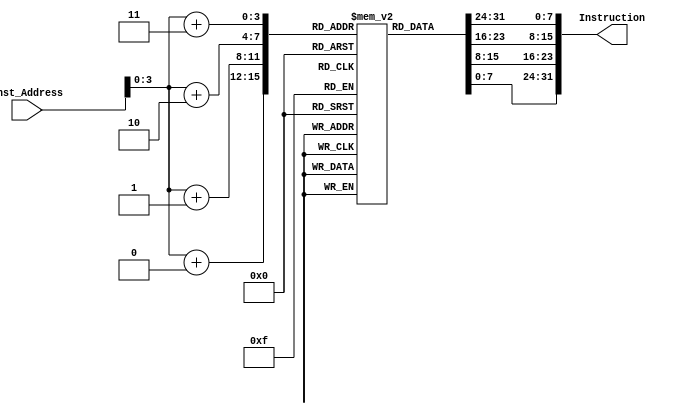
`timescale 1ns / 1ps
//////////////////////////////////////////////////////////////////////////////////
// Company: 
// Engineer: 
// 
// Design Name: 
// Module Name: Instruction_memory
// Project Name: 
// Target Devices: 
// Tool Versions: 
// Description: 
// 
// Dependencies: 
// 
// Revision:
// Revision 0.01 - File Created
// Additional Comments:
// 
//////////////////////////////////////////////////////////////////////////////////


module Instruction_memory(Inst_Address, Instruction);
  
  input [63:0] Inst_Address;
  output [31:0] Instruction;
  
  reg[7:0]Array[11:0];
  
  initial 
    begin
        
      {Array[3], Array[2], Array[1], Array[0]} = 32'h003100b3; 
      //add x1 x2 x3
      {Array[7], Array[6], Array[5], Array[4]} = 32'h00308133; 
      //add x2 x1 x3
      {Array[11], Array[10], Array[9], Array[8]} = 32'h002081b3; 
      //addi x3 x1 x2
      
    end
 
 
  assign Instruction[7:0] = Array[Inst_Address + 0];
  assign Instruction[15:8] = Array[Inst_Address + 1];
  assign Instruction[23:16] = Array[Inst_Address + 2];
  assign Instruction[31:24] = Array[Inst_Address + 3];
  
endmodule